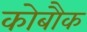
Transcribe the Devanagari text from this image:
कोबौक